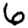
Digit: 6